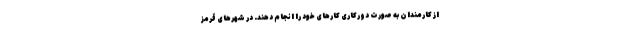
از کارمندان به صورت دورکاری کارهای خود را انجام دهند. در شهرهای قرمز